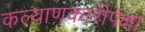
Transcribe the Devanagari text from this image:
कल्याणकारीपेक्षा